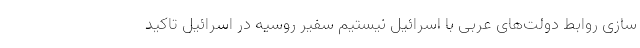
سازی روابط دولت‌های عربی با اسرائیل نیستیم سفیر روسیه در اسرائیل تاکید